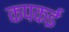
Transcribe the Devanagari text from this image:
कपकई